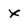
Character: X